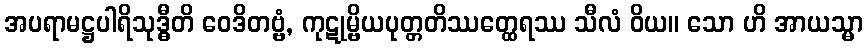
အပရာမဋ္ဌပါရိသုဒ္ဓီတိ ဝေဒိတဗ္ဗံ, ကုဋုမ္ဗိယပုတ္တတိဿတ္ထေရဿ သီလံ ဝိယ။ သော ဟိ အာယသ္မာ